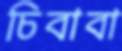
চিবাবা